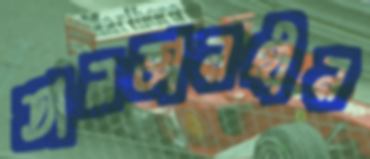
তালজ্ঞানহীন